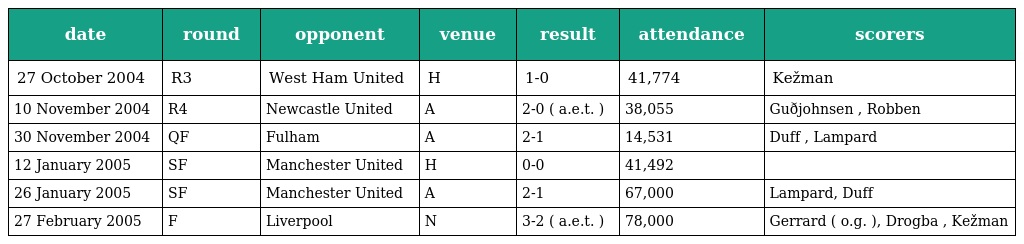
| date | round | opponent | venue | result | attendance | scorers |
 | --- | --- | --- | --- | --- | --- | --- |
 | 27 October 2004 | R3 | West Ham United | H | 1-0 | 41,774 | Kežman |
 | 10 November 2004 | R4 | Newcastle United | A | 2-0 ( a.e.t. ) | 38,055 | Guðjohnsen , Robben |
 | 30 November 2004 | QF | Fulham | A | 2-1 | 14,531 | Duff , Lampard |
 | 12 January 2005 | SF | Manchester United | H | 0-0 | 41,492 |  |
 | 26 January 2005 | SF | Manchester United | A | 2-1 | 67,000 | Lampard, Duff |
 | 27 February 2005 | F | Liverpool | N | 3-2 ( a.e.t. ) | 78,000 | Gerrard ( o.g. ), Drogba , Kežman |